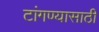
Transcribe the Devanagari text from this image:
टांगण्यासाठी